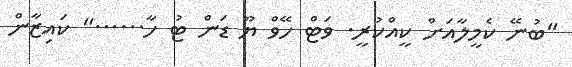
"ބުނޭ ކެމީލާއަށް ކީއްކުރީ. ވަޓް ހޭވް ޔޫ ޑަން ޓު ހާ......" ކައިޒާން